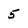
Character: 5